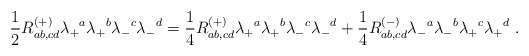
\begin{align*}{1\over 2} R^{(+)}_{ab,cd} \lambda_+{}^a \lambda_+{}^b\lambda_-{}^c\lambda_-{}^d = {1\over 4} R^{(+)}_{ab,cd} \lambda_+{}^a \lambda_+{}^b\lambda_-{}^c\lambda_-{}^d + {1\over 4} R^{(-)}_{ab,cd} \lambda_-{}^a \lambda_-{}^b\lambda_+{}^c\lambda_+{}^d \ .\end{align*}